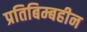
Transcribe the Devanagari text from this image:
प्रतिबिम्बहीन